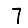
Digit: 7